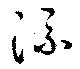
流